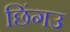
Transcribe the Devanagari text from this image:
छिंगउ